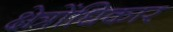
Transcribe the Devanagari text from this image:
क्षेत्रोंधिकार